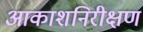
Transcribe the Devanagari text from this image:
आकाशनिरीक्षण